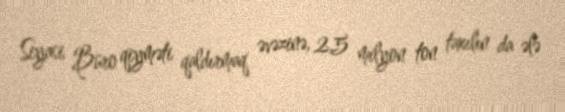
Siyasi Büro qiyməti qaldırmaq əvəzinə, 2,5 milyon ton taxılın da ələ